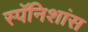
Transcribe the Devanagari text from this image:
स्पॅनिशांस